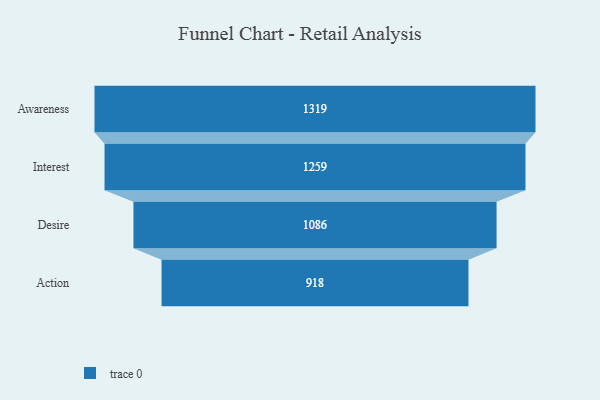
{"axis": {"x": "Stage", "y": "Value"}, "legend": [""], "data": [{"x": "Awareness", "y": 1319.0, "type": ""}, {"x": "Interest", "y": 1259.0, "type": ""}, {"x": "Desire", "y": 1086.0, "type": ""}, {"x": "Action", "y": 918.0, "type": ""}]}